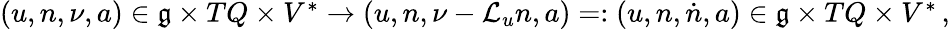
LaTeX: \begin{array}{r}{(u,n,\nu,a)\in\mathfrak{g}\times TQ\times V^{*}\rightarrow(u,n,\nu-\mathcal{L}_{u}n,a)=:(u,n,\dot{n},a)\in\mathfrak{g}\times TQ\times V^{*}\, ,}\end{array}